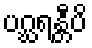
ပဂ္ဃရန္တီပိ